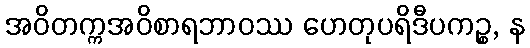
အဝိတက္ကအဝိစာရဘာဝဿ ဟေတုပရိဒီပကဉ္စ, န